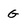
Character: G